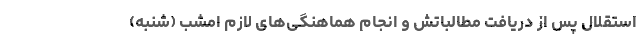
استقلال پس از دریافت مطالباتش و انجام هماهنگی‌های لازم امشب (شنبه)